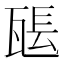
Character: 𤭖